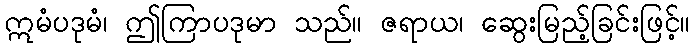
ဣမံပဒုမံ၊ ဤကြာပဒုမာ သည်။ ဇရာယ၊ ဆွေးမြည့်ခြင်းဖြင့်။